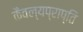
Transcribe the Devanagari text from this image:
कैवल्यप्राप्ति